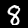
Label: 8